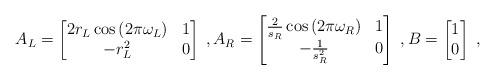
LaTeX: \begin{align*}A_L = \begin{bmatrix}2 r_L \cos \left( 2 \pi \omega_L \right) & 1 \\-r_L^2 & 0\end{bmatrix} \;, A_R = \begin{bmatrix}\frac{2}{s_R} \cos \left( 2 \pi \omega_R \right) & 1 \\-\frac{1}{s_R^2} & 0\end{bmatrix} \;, B = \begin{bmatrix}1 \\ 0\end{bmatrix} \;,\end{align*}